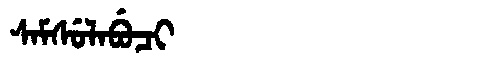
Manchu: ᠰᠠᠮᠰᡠᠯᠠᠪᡠᠴᡳ
Romanization: SAMSULABUCI